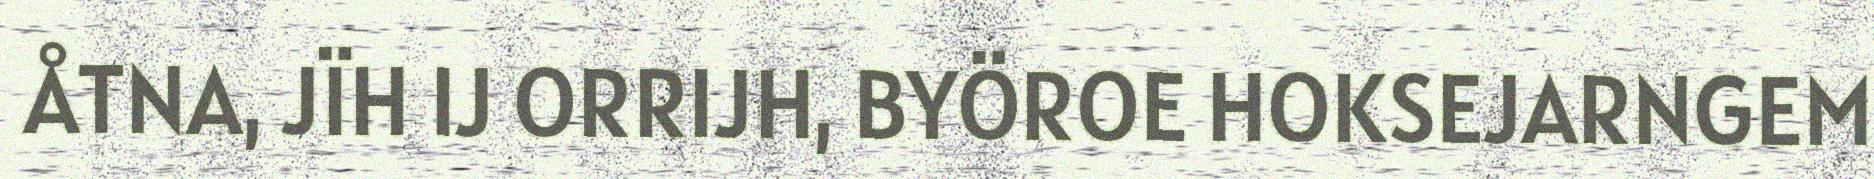
ÅTNA, JÏH IJ ORRIJH, BYÖROE HOKSEJARNGEM